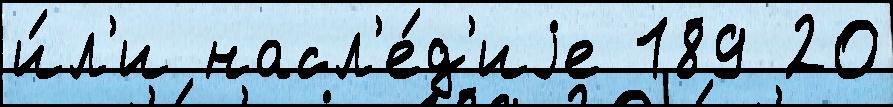
и́л'и насл'е́д'иjе 189 20